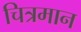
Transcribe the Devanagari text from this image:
चित्रमान